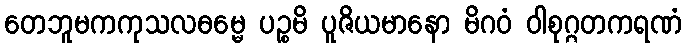
တေဘူမကကုသလဓမ္မေ ပဉ္စမိ ပူဇိယမာနော မိဂဝံ ဝါစုဂ္ဂတကရဏံ